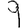
Digit: 9